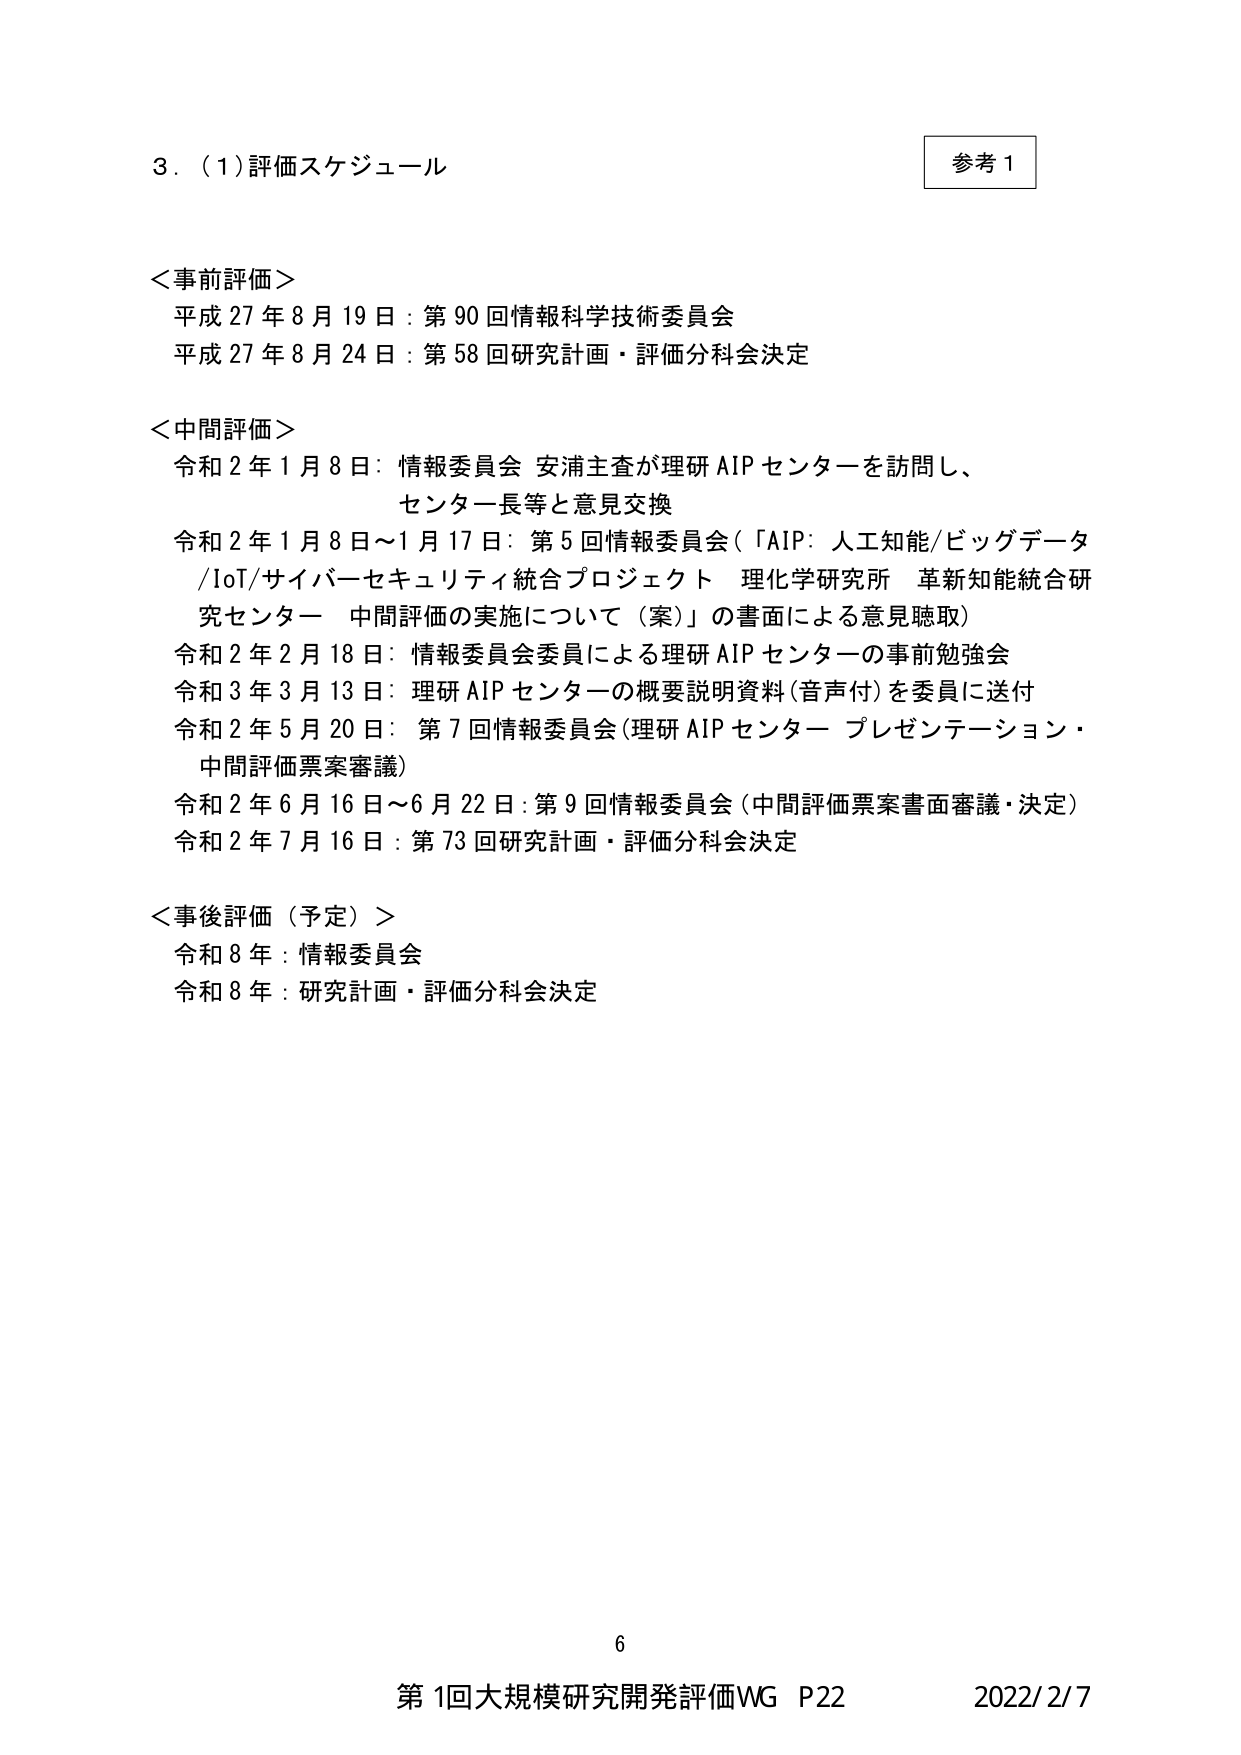
3. (1) 評価スケジュール

＜事前評価＞
平成27年8月19日：第90回情報科学技術委員会
平成27年8月24日：第58回研究計画・評価分科会決定

＜中間評価＞
令和2年1月8日：情報委員会 安浦主査が理研AIPセンターを訪問し、
センター長等と意見交換
令和2年1月8日～1月17日：第5回情報委員会（「AIP：人工知能/ビッグデータ
/IoT/サイバーセキュリティ統合プロジェクト 理化学研究所 革新知能統合研
究センター 中間評価の実施について（案）」の書面による意見聴取）
令和2年2月18日：情報委員会委員による理研AIPセンターの事前勉強会
令和3年3月13日：理研AIPセンターの概要説明資料（音声付）を委員に送付
令和2年5月20日：第7回情報委員会（理研AIPセンター プレゼンテーション・
中間評価票案審議）
令和2年6月16日～6月22日：第9回情報委員会（中間評価票案書面審議・決定）
令和2年7月16日：第73回研究計画・評価分科会決定

＜事後評価（予定）＞
令和8年：情報委員会
令和8年：研究計画・評価分科会決定

参考1

6
第1回大規模研究開発評価WG P22 2022/2/7